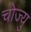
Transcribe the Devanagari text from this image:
चोज्यु